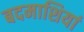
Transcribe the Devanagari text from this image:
बदमाशियां